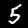
Label: 5